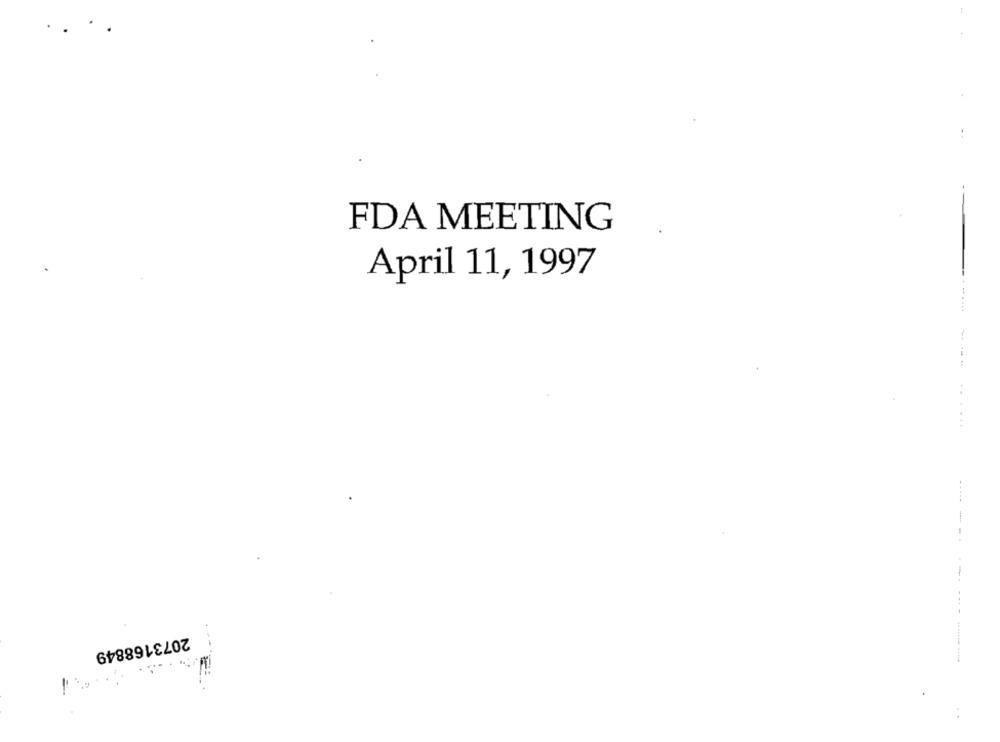
FDA MEETING
April 11, 1997
- --
......
2073168849
----- -----------
: